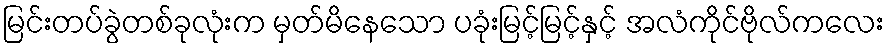
မြင်းတပ်ခွဲတစ်ခုလုံးက မှတ်မိနေသော ပခုံးမြင့်မြင့်နှင့် အလံကိုင်ဗိုလ်ကလေး